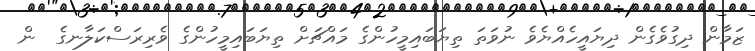
ޒަމާން ދިގުވެގެން ދިޔައީހެއްޔެވެ ނުވަތަ ތިޔަބައިމީހުންގެ މައްޗަށް ތިޔަބައިމީހުންގެ ވެރިރަސްކަލާނގެ  ން